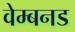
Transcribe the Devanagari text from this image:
वेम्बनड